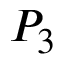
P _ { 3 }